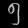
Digit: ၅